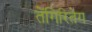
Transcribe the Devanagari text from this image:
तेंगिरितेग